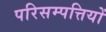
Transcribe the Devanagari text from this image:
परिसम्‍पत्तियों